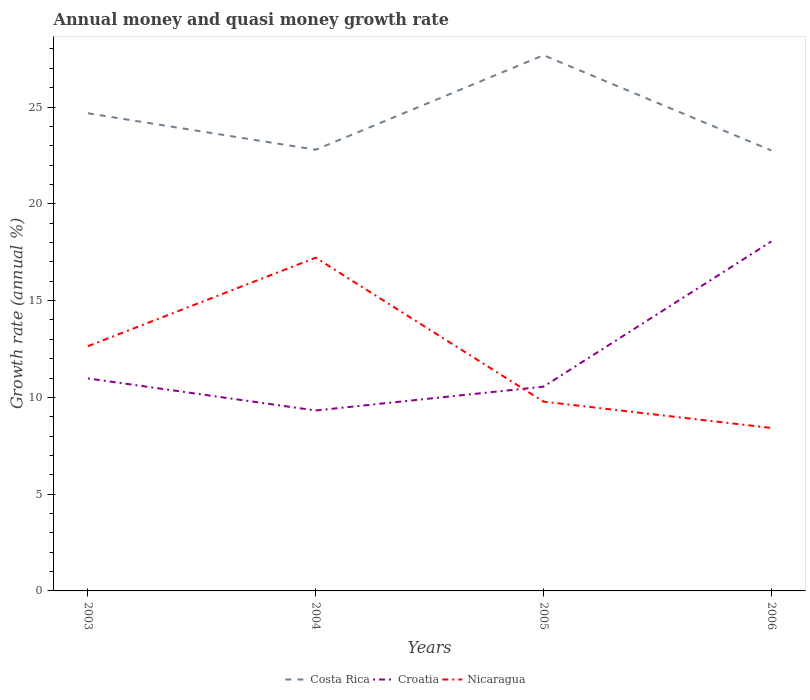
| Years | Costa Rica | Croatia | Nicaragua |
 | --- | --- | --- | --- |
 | 2003 | 24.7 | 11 | 12.6 |
 | 2004 | 22.8 | 9.32 | 17.2 |
 | 2005 | 27.7 | 10.6 | 9.78 |
 | 2006 | 22.8 | 18.1 | 8.42 |